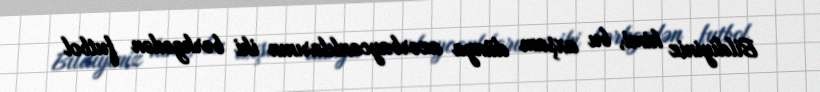
Bildiyiniz kimi, bu axşam dünya azərbaycanlılarının iki bərkgedən futbol